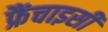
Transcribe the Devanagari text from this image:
फ्रैंचाइसी